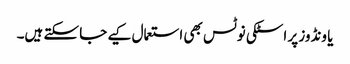
یا ونڈوز پر اسٹکی نوٹس بھی استعمال کیے جا سکتے ہیں۔